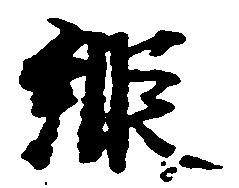
縦